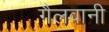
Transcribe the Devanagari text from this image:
गैलवानी